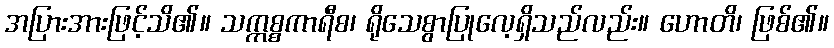
အပြားအားဖြင့်သိ၏။ သက္ကစ္စကာရီစ၊ ရိုသေစွာပြုလေ့ရှိသည်လည်း။ ဟောတိ၊ ဖြစ်၏။